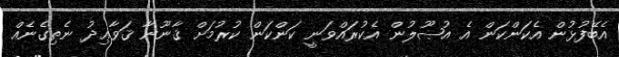
އެބޭފުޅުން އެކަންކަން އެ އުޞޫލުން އެކުރައްވަނީ ކަންކަން ކުރުމަށް ޤާނޫނާ ޤަވާޢިދު ނެތިގެނެއް